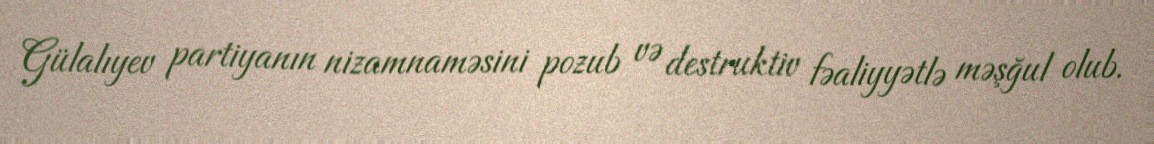
Gülalıyev partiyanın nizamnaməsini pozub və destruktiv fəaliyyətlə məşğul olub.